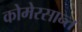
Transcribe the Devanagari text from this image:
कोमेरसान्त